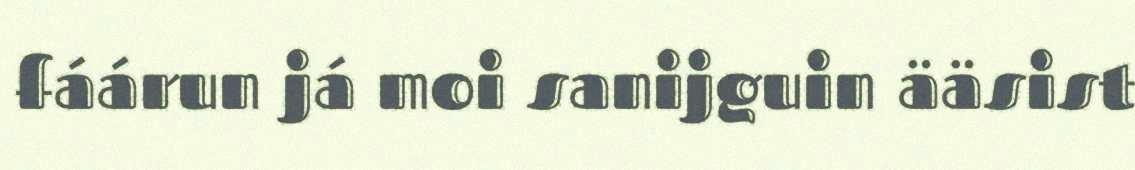
fáárun já moi sanijguin ääsist